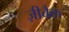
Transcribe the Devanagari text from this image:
ज़ीबैक